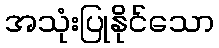
အသုံးပြုနိုင်သော